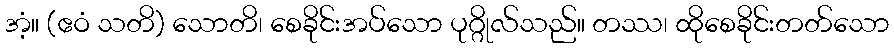
အံ့။ (ဧဝံ သတိ) သောတိ၊ စေခိုင်းအပ်သော ပုဂ္ဂိုလ်သည်။ တဿ၊ ထိုစေခိုင်းတတ်သော